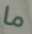
ما